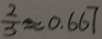
\frac { 2 } { 3 } \approx 0 . 6 6 7